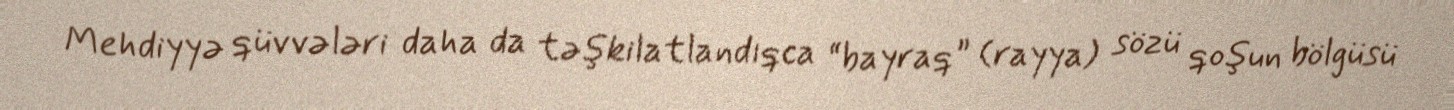
Mehdiyyə qüvvələri daha da təşkilatlandıqca “bayraq” (rayya) sözü qoşun bölgüsü